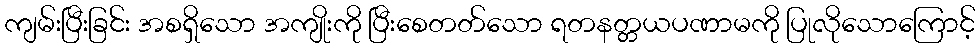
ကျမ်းပြီးခြင်း အစရှိသော အကျိုးကို ပြီးစေတတ်သော ရတနတ္တယပဏာမကို ပြုလိုသောကြောင့်